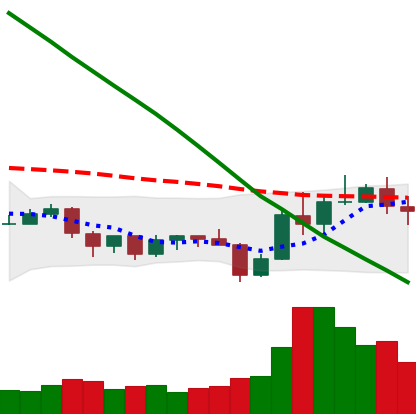
Ticker: ADA-USD
Chart end date: 2019-10-31
Forward return: 6.466%
Label: up_5_7